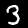
Digit: 3